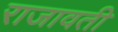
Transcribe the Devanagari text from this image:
राजावती